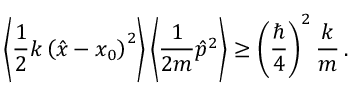
\left\langle { \frac { 1 } { 2 } } k \left( { \hat { x } } - x _ { 0 } \right) ^ { 2 } \right\rangle \left\langle { \frac { 1 } { 2 m } } { \hat { p } } ^ { 2 } \right\rangle \geq \left( { \frac { \hbar } { 4 } } \right) ^ { 2 } { \frac { k } { m } } \, .